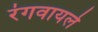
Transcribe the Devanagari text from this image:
रंगवायले